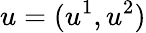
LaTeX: u=(u^{1},u^{2})